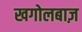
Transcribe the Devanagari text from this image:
खगोलबाज़